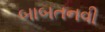
બાબતનવી